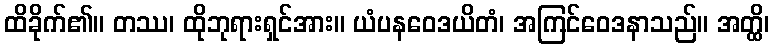
ထိခိုက်၏။ တဿ၊ ထိုဘုရားရှင်အား။ ယံပနဝေဒယိတံ၊ အကြင်ဝေဒနာသည်။ အတ္ထိ၊